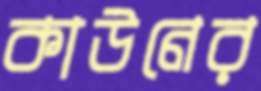
কাউনের